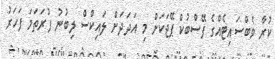
ކުރާ ވެބްސައިޓެއްގެ ފޭސްބުކް ޕޭޖަކަށް މި އަދަދަށް ލައިކްސް ލިބުނު ފުރަތަމަ ފަހަރު